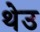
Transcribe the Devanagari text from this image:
थेउ